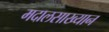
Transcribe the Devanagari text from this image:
मदालसाख्यान